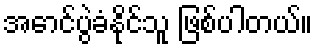
အောင်ပွဲခံနိုင်သူ ဖြစ်ပါတယ်။